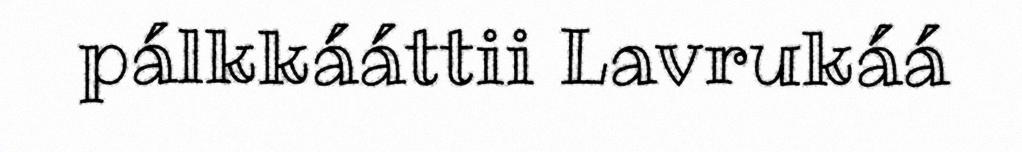
pálkkááttii Lavrukáá